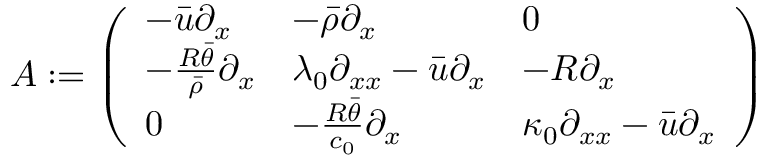
A : = \left( \begin{array} { l l l } { - \bar { u } \partial _ { x } } & { - \bar { \rho } \partial _ { x } } & { 0 } \\ { - \frac { R \bar { \theta } } { \bar { \rho } } \partial _ { x } } & { \lambda _ { 0 } \partial _ { x x } - \bar { u } \partial _ { x } } & { - R \partial _ { x } } \\ { 0 } & { - \frac { R \bar { \theta } } { c _ { 0 } } \partial _ { x } } & { \kappa _ { 0 } \partial _ { x x } - \bar { u } \partial _ { x } } \end{array} \right)